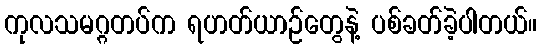
ကုလသမဂ္ဂတပ်က ရဟတ်ယာဉ်တွေနဲ့ ပစ်ခတ်ခဲ့ပါတယ်။